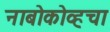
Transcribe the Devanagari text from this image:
नाबोकोव्हचा